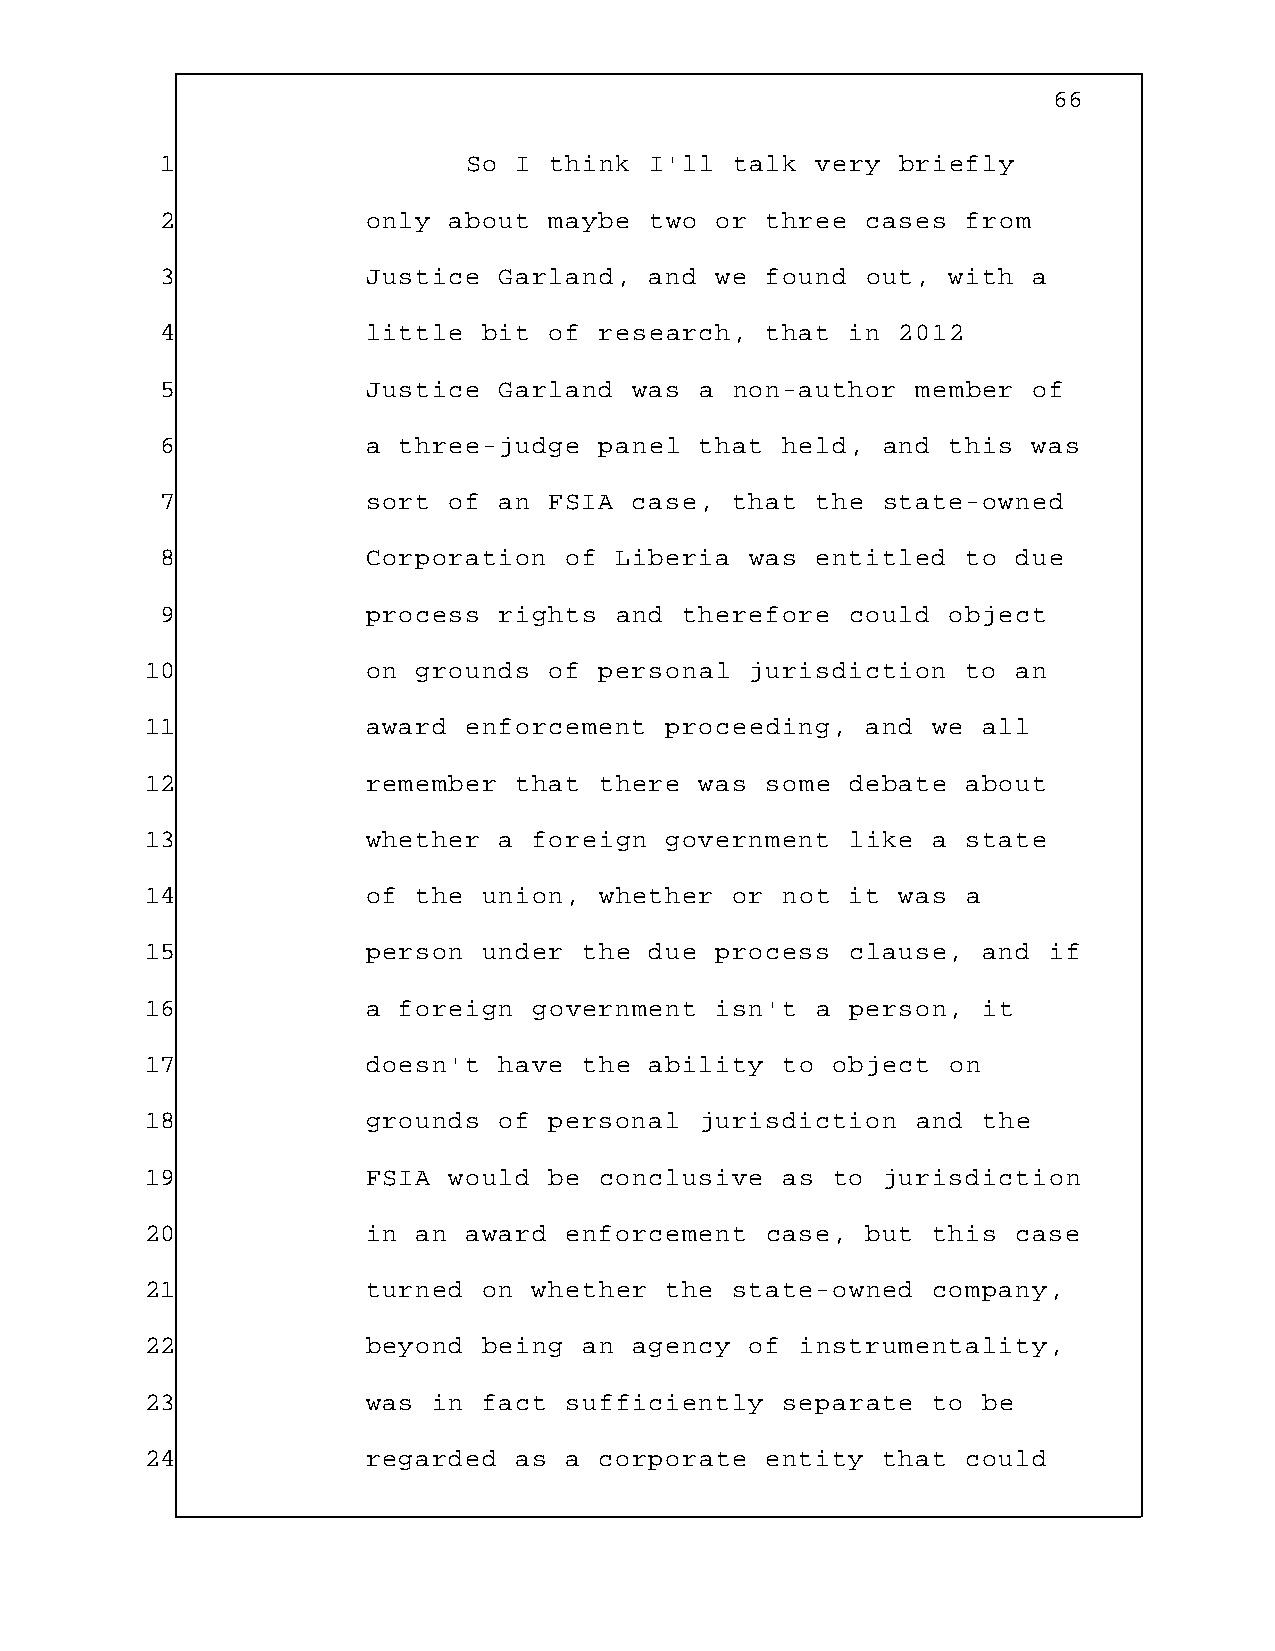
66
 1                   So I think  I'll  talk very  briefly
 2            only  about maybe  two or  three cases  from
 3            Justice  Garland,  and we  found out,  with a
 4            little  bit of  research,  that in  2012
 5            Justice  Garland  was a  non-author  member of
 6            a three-judge   panel that  held, and  this was
 7            sort  of an FSIA  case,  that the state-owned
 8            Corporation  of  Liberia  was entitled  to due
 9            process  rights  and therefore  could  object
 10            on  grounds of  personal  jurisdiction  to an
 11            award  enforcement  proceeding,  and  we all
 12            remember  that  there was  some debate  about
 13            whether  a foreign  government  like  a state
 14            of  the union,  whether  or not it  was a
 15            person  under  the due process  clause,  and if
 16            a foreign  government  isn't  a person,  it
 17            doesn't  have  the ability  to object  on
 18            grounds  of personal  jurisdiction   and the
 19            FSIA  would be  conclusive  as to jurisdiction
 20            in  an award enforcement   case, but  this case
 21            turned  on whether  the  state-owned  company,
 22            beyond  being  an agency  of instrumentality,
 23            was  in fact sufficiently   separate  to be
 24            regarded  as a  corporate  entity that  could